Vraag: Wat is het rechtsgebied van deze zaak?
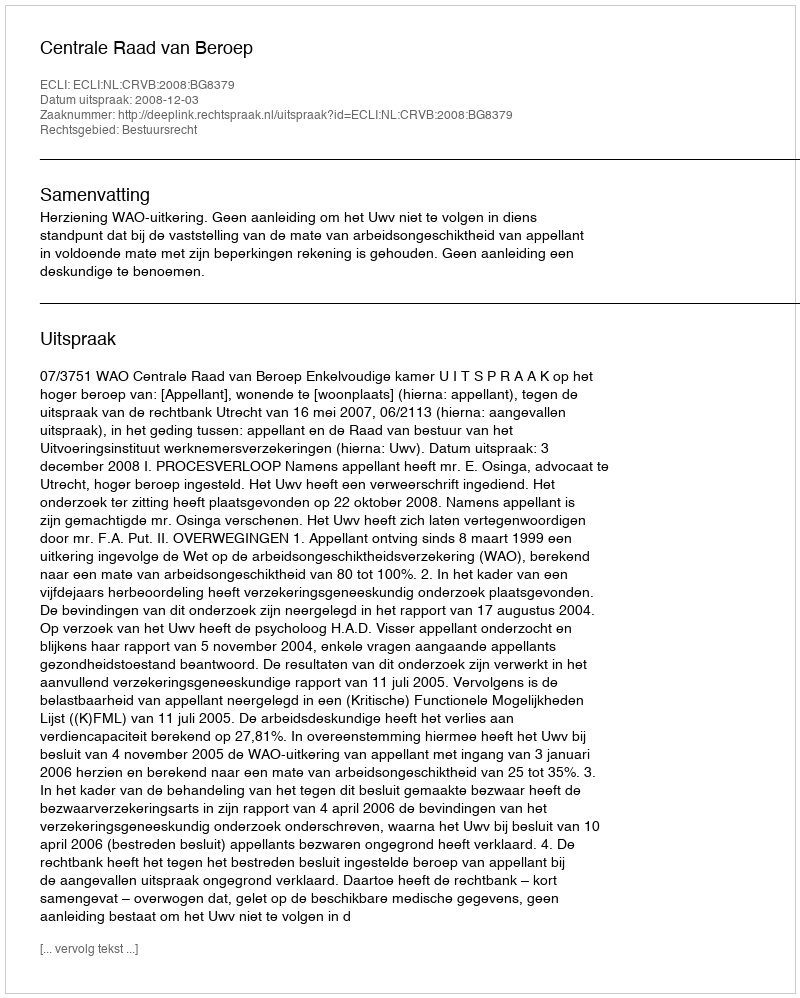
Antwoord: Bestuursrecht